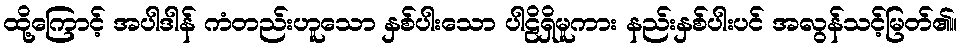
ထို့ကြောင့် အပါဒါန် ကံတည်းဟူသော နှစ်ပါးသော ပါဠိရှိမူကား နည်းနှစ်ပါးပင် အလွန်သင့်မြတ်၏။